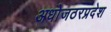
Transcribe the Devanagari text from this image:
अधोजठरप्रदेश